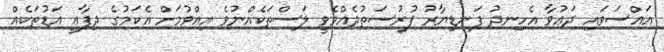
އައްސަވައި ދަޢުވާ އެހިނދު ފަނޑިޔާރު ފުރުސަތުދެއްވެވީ ލަސްތަކެއްނުވެ އިއްވުމަށް އެކަމުގެ ދިފާޢީ އަޑުތަކެއް